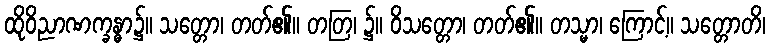
ထိုဝိညာဏက္ခန္ဓာ၌။ သတ္တော၊ တတ်၏။ တတြ၊ ၌။ ဝိသတ္တော၊ တတ်၏။ တသ္မာ၊ ကြောင့်။ သတ္တောတိ၊